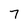
Character: 7